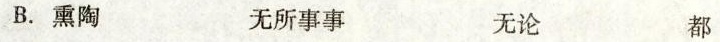
B.熏陶 无所事事 无论 都